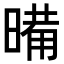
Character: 𭧉